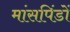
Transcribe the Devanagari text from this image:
मांसपिंडों